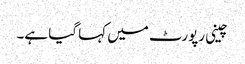
چینی رپورٹ میں کہا گیا ہے۔